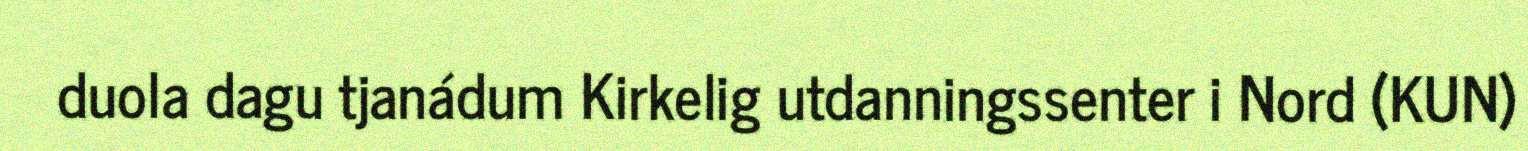
duola dagu tjanádum Kirkelig utdanningssenter i Nord (KUN)